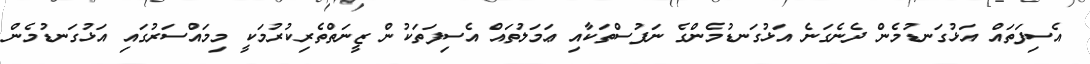
އެސިފަތައް އަޅުގަނޑުމެން ދެނެގަނެ އަޅުގަނޑުމެންގެ ނަފުސްތަކާއި ޢަމަލުތައް އެސިފަތަކުން ޒީނަތްތެރިކުރުމަކީ މިމައްސަރުގައި އަޅުގަނޑުމެން